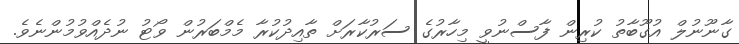
ގާނޫނުލް އުގޫބާތު ކުރިން ފާސްނުވީ މިހާރުގެ ސަރުކާރަށް ތާއިދުކުރާ މެމްބަރުން ވޯޓު ނުދެއްވުމުންނެވެ.